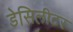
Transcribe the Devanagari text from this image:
डेसिलीटर